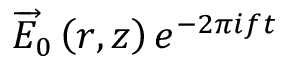
\overrightarrow { E } _ { 0 } \left( r , z \right) e ^ { - 2 \pi i f t }